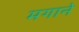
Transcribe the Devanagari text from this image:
मगाने